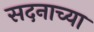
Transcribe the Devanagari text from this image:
सदनाच्या